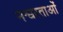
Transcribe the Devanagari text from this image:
नश्वरताओं